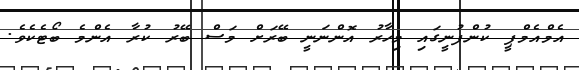
އެމްއެމްޕީ ކުންފުނީގައި މިހާރު އޮންނަނީ ބޭރަށް މަސް ބޭރު ކުރާ އެންމެ ބޯޓެކެވެ.